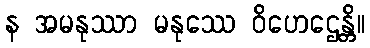
န အမနုဿာ မနုဿေ ဝိဟေဌေန္တိ။